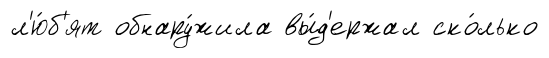
л'ю́б'ят обнару́жила вы́д'ержал ско́лько